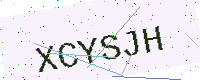
Text: XCYSJH